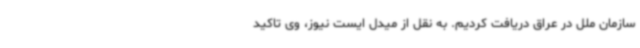
سازمان ملل در عراق دریافت کردیم. به نقل از میدل ایست نیوز، وی تاکید